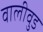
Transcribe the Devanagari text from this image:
वालीवुड